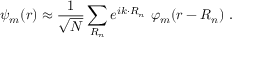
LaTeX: \psi _ { m } ( { \boldsymbol { r } } ) \approx { \frac { 1 } { \sqrt { N } } } \sum _ { \boldsymbol { R _ { n } } } e ^ { i { \boldsymbol { k \cdot R _ { n } } } } \ \varphi _ { m } ( { \boldsymbol { r - R _ { n } } } ) \ .